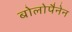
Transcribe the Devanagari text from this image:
बोलोपैनेन